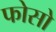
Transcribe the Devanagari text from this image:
फोसो